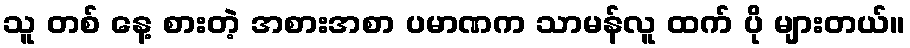
သူ တစ် နေ့ စားတဲ့ အစားအစာ ပမာဏက သာမန်လူ ထက် ပို များတယ်။